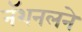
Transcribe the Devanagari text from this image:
नॅशनलने